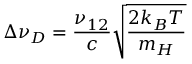
\Delta \nu _ { D } = \frac { \nu _ { 1 2 } } { c } \sqrt { \frac { 2 k _ { B } T } { m _ { H } } }